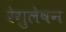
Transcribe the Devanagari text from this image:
रेगुलेषन